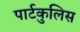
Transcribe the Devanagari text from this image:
पार्टकुलिस